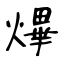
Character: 熚